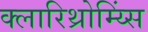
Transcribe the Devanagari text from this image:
क्लारिथ्रोम्य्सिं